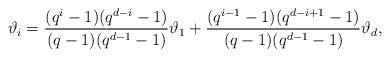
LaTeX: \begin{align*}\vartheta_i = \frac{(q^i-1)(q^{d-i}-1)}{(q-1)(q^{d-1}-1)} \vartheta_1+ \frac{(q^{i-1}-1)(q^{d-i+1}-1)}{(q-1)(q^{d-1}-1)} \vartheta_d,\end{align*}